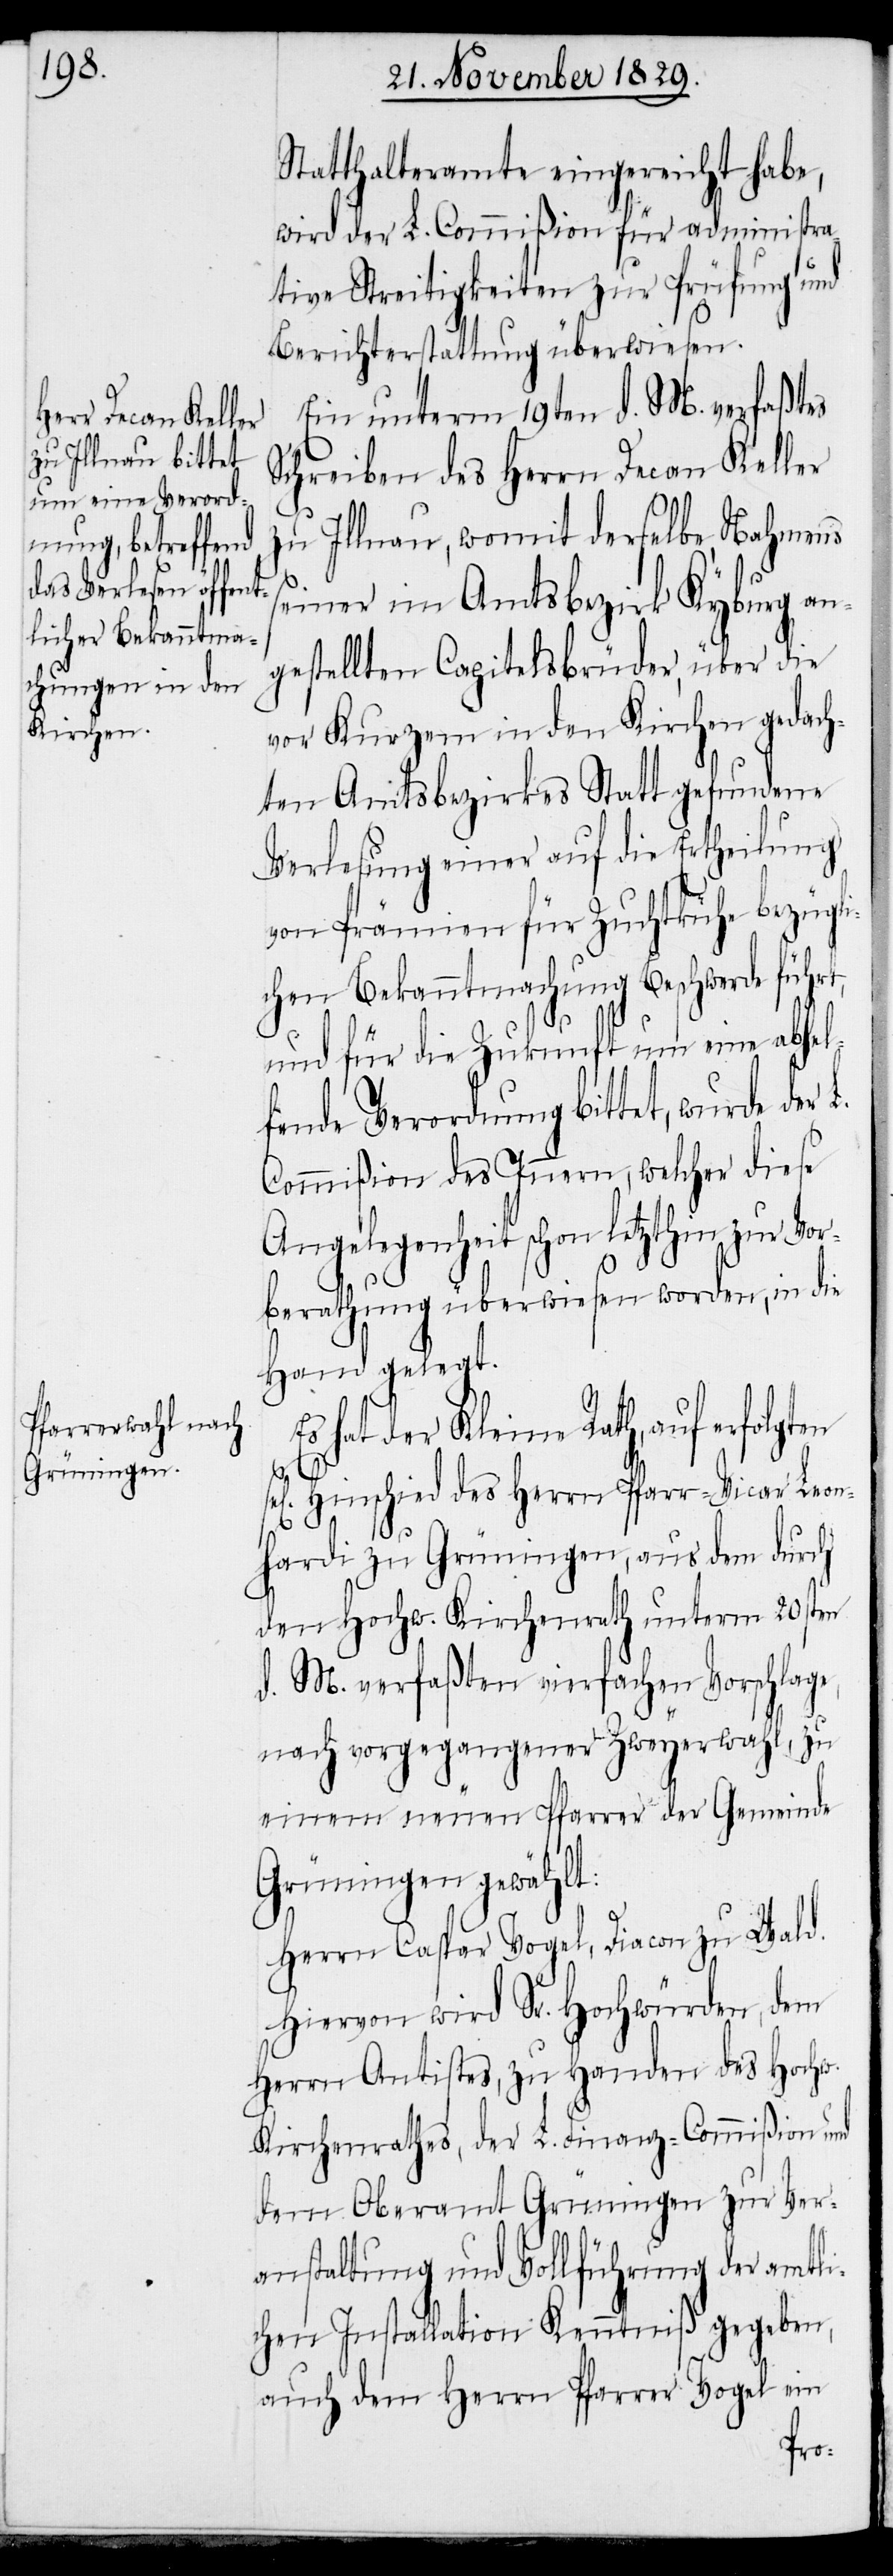
Statthalteramte eingereicht habe,
wird der L. Commißion für administra¬
tive Streitigkeiten zur Prüfung und
Berichterstattung überwiesen.
Ein unterm 19ten d. M. verfaßtes
Schreiben des Herrn Decan Keller
zu Illnau, womit derselbe, Nahmens
einer im Amtsbezirk Kyburg an¬
gestellten Capitelsbrüder, über die
vor Kurzem in den Kirchen gedach¬
ten Amtsbezirkes Statt gefundene
Verlesung einer auf die Ertheilung
von Prämien für Zuchtkühe bezügli¬
chen Bekanntmachung Beschwerde führt,
und für die Zukunft um eine abhel¬
fende Verordnung bittet, wurde der
Commißion des Innern, welcher diese
Angelegenheit schon letzthin zur V¬
berathung überwiesen worden, in die
Hand gelegt.
hat der Kleine Rath, auf erfolgten
s¬
sel[i¬
gen] Hinschied des Herrn Pfarr-Vicar Leon¬
hardi zu Grüningen, aus dem durch
den Hochw. Kirchenrath unterm 20sten
d. M. verfaßten vierfachen Vorschlage,
nach vorgegangener Zweyerwahl, zu
einem neuen Pfarrer der Gemeinde
Grüningen gewählt:
Herr Caspar Vogel, Diacon zu Wald.
Hiervon wird Sr. Hochwürden, dem
Herrn Antistes, zu Handen des Hochw.
Kirchenrathes, der L. Finanz-Commißion und
dem Oberamt Grüningen zur Ver¬
anstaltung und Vollführung der amtli¬
chen Installation Kenntniß gegeben,
auch dem Herrn Pfarrer Vogel ein
or¬